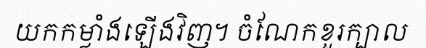
យកកម្លាំងឡើងវិញ។ ចំណែកខួរក្បាល